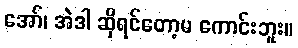
အော်၊ အဲဒါ ဆိုရင်တော့မ ကောင်းဘူး။